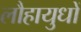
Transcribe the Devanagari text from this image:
लौहायुधों